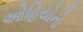
ઓહિયોનો